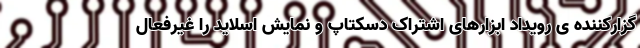
گزارکننده ی رویداد ابزارهای اشتراک دسکتاپ و نمایش اسلاید را غیرفعال